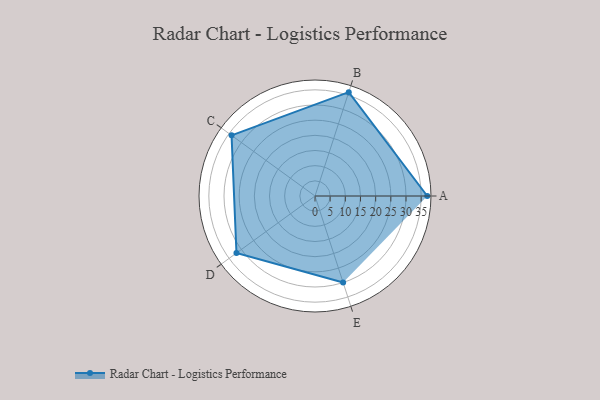
{"axis": {"x": "Skill", "y": "Score"}, "legend": ["Profile"], "data": [{"x": "A", "y": 37.0, "type": "Profile"}, {"x": "B", "y": 36.0, "type": "Profile"}, {"x": "C", "y": 34.0, "type": "Profile"}, {"x": "D", "y": 32.0, "type": "Profile"}, {"x": "E", "y": 30.0, "type": "Profile"}]}